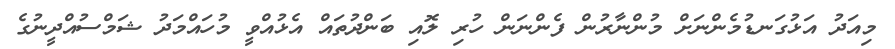
މިއަދު އަޅުގަނޑުމެންނަށް މުންނާރުން ފެންނަން ހުރި ލޮއި ބަންދުތައް އެޅުއްވީ މުހައްމަދު ޝަމްސުއްދީނުގެ